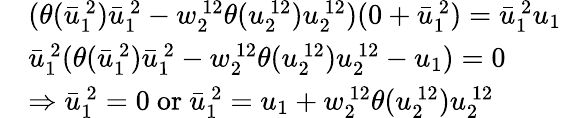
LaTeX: \begin{array}{rl}&{(\theta(\bar{u}_{1\ }^{\ 2})\bar{u}_{1\ }^{\ 2}-w_{2\ }^{\ 12}\theta(u_{2\ }^{\ 12})u_{2\ }^{\ 12})(0+\bar{u}_{1\ }^{\ 2})=\bar{u}_{1\ }^{\ 2}u_{1}}\\ &{\bar{u}_{1\ }^{\ 2}(\theta(\bar{u}_{1\ }^{\ 2})\bar{u}_{1\ }^{\ 2}-w_{2\ }^{\ 12}\theta(u_{2\ }^{\ 12})u_{2\ }^{\ 12}-u_{1})=0}\\ &{\Rightarrow\bar{u}_{1\ }^{\ 2}=0\mathrm{~or~}\bar{u}_{1\ }^{\ 2}=u_{1}+w_{2\ }^{\ 12}\theta(u_{2\ }^{\ 12})u_{2\ }^{\ 12}}\end{array}